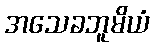
အသေခဘူမိယံ